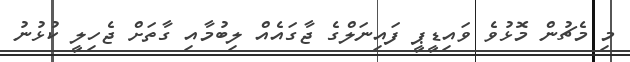
މި މެޗުން މޮޅުވެ ވައިޑީޕީ ފައިނަލްގެ ޖާގައެއް ލިބުމާއި ގާތަށް ޖެހިލީ ކުޅުނު